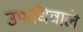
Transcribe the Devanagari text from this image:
उपाधिवाले